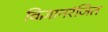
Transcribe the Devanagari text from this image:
विज्ञानरंजित